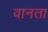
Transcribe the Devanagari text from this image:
वानता